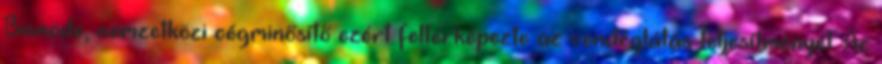
Bisnode, nemzetközi cégminősítő ezért feltérképezte az vendéglátás teljesítményét. Az